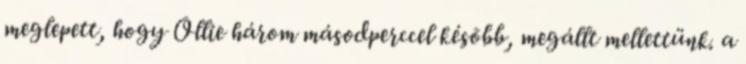
meglepett, hogy Ollie három másodperccel késõbb, megállt mellettünk. a